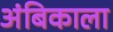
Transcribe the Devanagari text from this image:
अंबिकाला